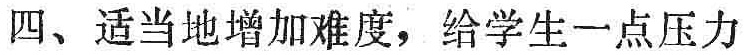
四、适当地增加难度，给学生一点压力